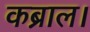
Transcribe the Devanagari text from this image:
कब्राल।